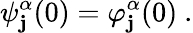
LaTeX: \psi_{\mathbf{j}}^{\alpha}(0)=\varphi_{\mathbf{j}}^{\alpha}(0)\ .